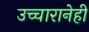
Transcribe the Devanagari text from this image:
उच्चारानेही